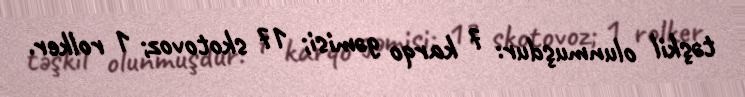
təşkil olunmuşdur: 7 karqo gəmisi; 17 skotovoz; 1 rolker.